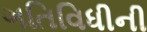
ગતિવિધીની